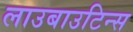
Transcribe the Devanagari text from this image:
लाउबाउटिन्स